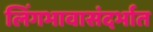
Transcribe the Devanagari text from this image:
लिंगभावासंदर्भात